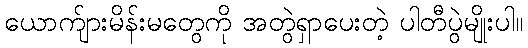
ယောက်ျားမိန်းမတွေကို အတွဲရှာပေးတဲ့ ပါတီပွဲမျိုးပါ။